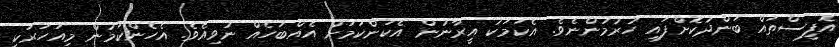
އޮފީސްތައް ބަންދުކޮށްފައި ހުރުމުންނެވެ. އެކަމަކު އީރާނުން އެކަންކަމަށް އެއްބަހެއް ނުވިއެވެ. އެހެންކަމުން މިއަހަރަކީ